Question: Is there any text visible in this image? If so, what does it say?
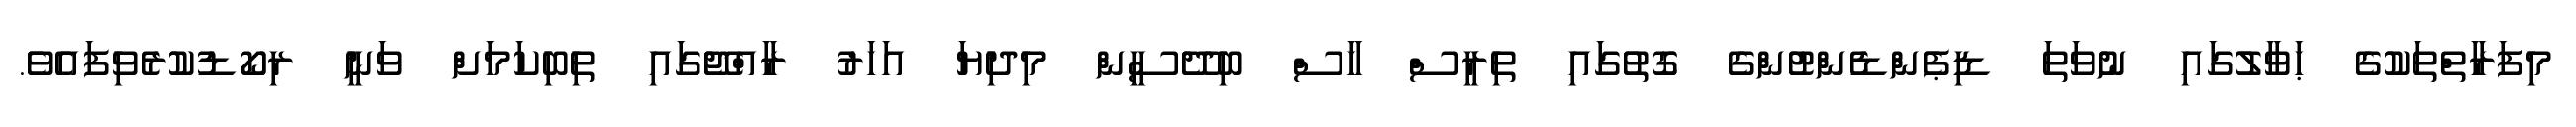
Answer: މިފަރާތްތަކުގެ ޙަވާލުގައި ނުވަތަ ޑިޕެންޑެންޓުންގެ ގޮތުގައި ތިރީސް ހާސް ބިދޭސީން މިދިޔަ އަހަރު ރާއްޖޭގައި ތިބިކަމަށް ވަނީ ރިކޯޑުކުރެވިފައެވެ.